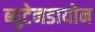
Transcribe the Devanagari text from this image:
ब्युटेनडायोन